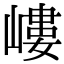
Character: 嶁